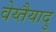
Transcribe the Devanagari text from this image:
वेय्तैयादु